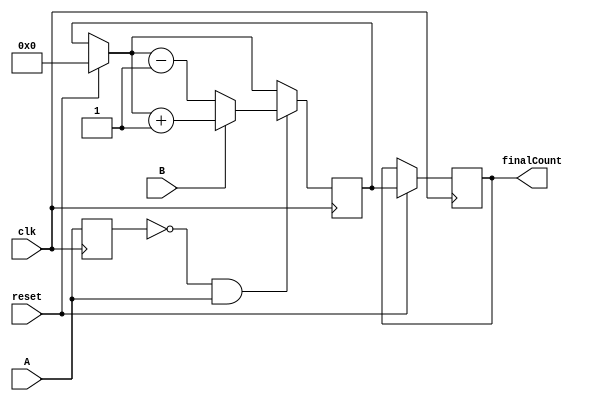
module motorSpeed(A, B, finalCount, reset, clk);

input A, B, reset, clk;
reg aOld;
reg signed [7:0] count;
output reg signed [7:0] finalCount;

initial
count = 8'b00000000;



always @(posedge clk)
	begin
		if ( reset == 1)
		begin
				finalCount = count;
				count = 8'b00000000;
		end
		
		if (aOld == 0 && A == 1)
			begin
				if (B == 0)
					begin
						count = count - 8'b00000001;
						aOld = A;
					end
				else if (B == 1)
					begin
						count = count + 8'b00000001;
						aOld = A;
					end
			end
		
		else 
			aOld = A;
	end
	
endmodule